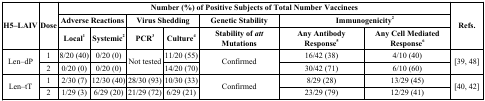
| <ROWSPAN=3> H5–LAIV | <ROWSPAN=3> Dose | <COLSPAN=7> Number (%) of Positive Subjects of Total Number Vaccinees | <ROWSPAN=3> Refs. |
 | <COLSPAN=2> Adverse Reactions | <COLSPAN=2> Virus Shedding | Genetic Stability | <COLSPAN=2> Immunogenicity2 |
 | Local1 | Systemic2 | PCR3 | Culture4 | Stability of att Mutations | Any Antibody Response5 | Any Cell Mediated Response6 |
 | --- | --- | --- | --- | --- | --- | --- | --- | --- | --- |
 | <ROWSPAN=2> Len–dP | 1 | 8/20 (40) | 0/20 (0) | <ROWSPAN=2> Not tested | 11/20 (55) | <ROWSPAN=2> Confirmed | 16/42 (38) | 4/10 (40) | <ROWSPAN=2> [39, 48] |
 | 2 | 0/20 (0) | 0/20 (0) | 14/20 (70) | 30/42 (71) | 6/10 (60) |
 | <ROWSPAN=2> Len–tT | 1 | 2/30 (7) | 12/30 (40) | 28/30 (93) | 10/30 (33) | <ROWSPAN=2> Confirmed | 8/29 (28) | 13/29 (45) | <ROWSPAN=2> [40, 42] |
 | 2 | 1/29 (3) | 6/29 (20) | 21/29 (72) | 6/29 (21) | 23/29 (79) | 12/29 (41) |